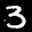
Label: 3